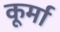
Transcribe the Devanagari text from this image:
कूर्मा